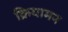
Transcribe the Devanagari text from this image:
क्रियामन